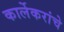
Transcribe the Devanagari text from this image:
कार्लेकरांचे